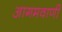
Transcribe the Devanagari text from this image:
आगमवाणी